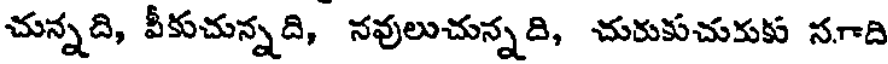
చున్నది, వీకుచున్నది, నవులుచున్నది, చురుకుచుకుకు సూది